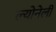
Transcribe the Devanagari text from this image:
ल्योनेली